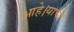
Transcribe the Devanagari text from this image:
आहे।याची